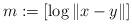
LaTeX: \begin{align*}m:=[\log\|x-y\|]\end{align*}